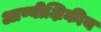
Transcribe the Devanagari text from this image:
आण्वीक्षिकीय